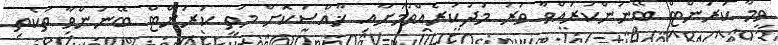
ވީމާ ކަރަންޓް ބޭނުންކުރައްވާ ވަރު މަދުކުރެއްވުމަށާއި ޚާއްސަކޮށް މަތީ ކަރަންޓް ބޭނުންވާ ތަކެތި